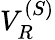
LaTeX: V_{R}^{(S)}